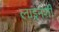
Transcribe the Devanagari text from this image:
लाइनशी